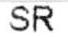
SR